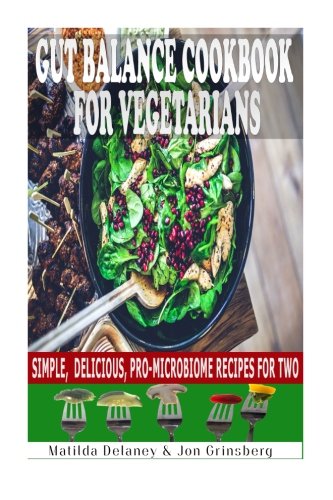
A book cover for Gut Balance Cookbook for Vegetarians: Simple, Delicious, Pro-Microbiome Recipes for Two; Mrs. Matilda Delaney; Health, Fitness & Dieting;